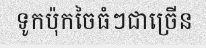
ទូកប៉ុកចៃធំៗជាច្រើន